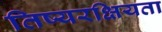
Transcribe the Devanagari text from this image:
तिष्यरक्षियता